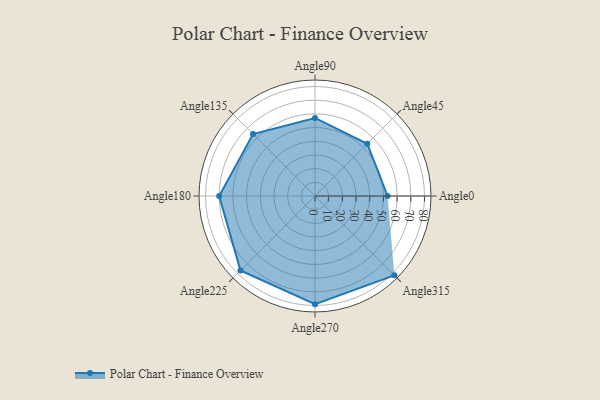
{"axis": {"x": "Angle", "y": "Radius"}, "legend": [""], "data": [{"x": "Angle0", "y": 53.0, "type": ""}, {"x": "Angle45", "y": 54.0, "type": ""}, {"x": "Angle90", "y": 57.0, "type": ""}, {"x": "Angle135", "y": 64.0, "type": ""}, {"x": "Angle180", "y": 70.0, "type": ""}, {"x": "Angle225", "y": 77.0, "type": ""}, {"x": "Angle270", "y": 79.0, "type": ""}, {"x": "Angle315", "y": 82.0, "type": ""}]}